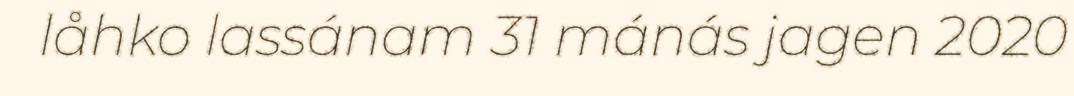
låhko lassánam 31 mánás jagen 2020